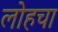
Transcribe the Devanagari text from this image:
लोहचा